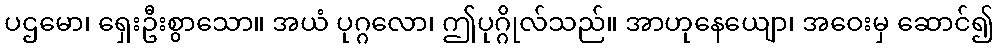
ပဌမော၊ ရှေးဦးစွာသော။ အယံ ပုဂ္ဂလော၊ ဤပုဂ္ဂိုလ်သည်။ အာဟုနေယျော၊ အဝေးမှ ဆောင်၍